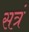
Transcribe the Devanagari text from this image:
सत्रं